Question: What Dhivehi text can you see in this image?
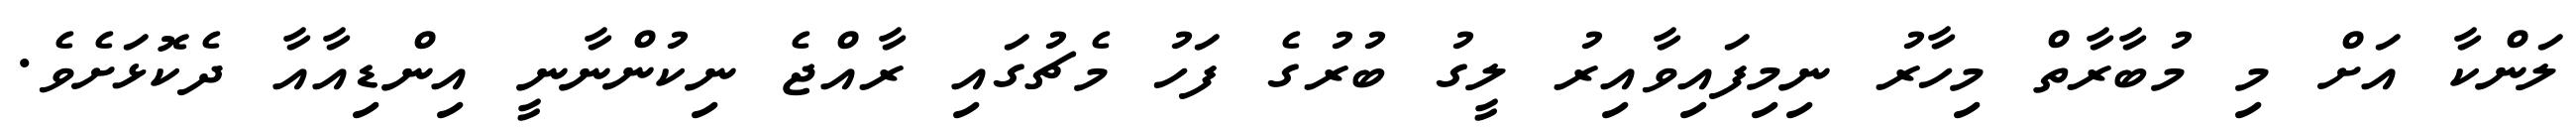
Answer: ލަންކާ އަށް މި މުބާރާތް މިހާރު ނިމިފައިވާއިރު ލީގު ބުރުގެ ފަހު މެޗުގައި ރާއްޖެ ނިކުންނާނީ އިންޑިއާއާ ދެކޮޅަށެވެ.